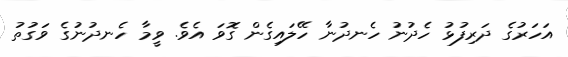
އަހަރުގެ ދަރިފުޅު ހެދުނު ހެނދުނާ ހޭލައިގެން ގޮވަ އެވެ. ވީމާ ހެނދުނުގެ ވަގުތު